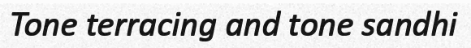
Tone terracing and tone sandhi